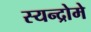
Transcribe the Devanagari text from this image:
स्यन्द्रोमे